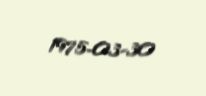
1975-03-30